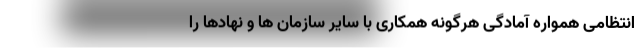
انتظامی همواره آمادگی هرگونه همکاری با سایر سازمان ها و نهادها را